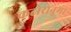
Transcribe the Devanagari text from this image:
कटोरानुमा